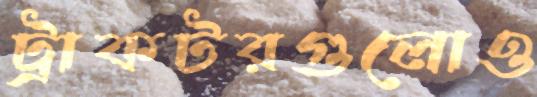
ট্রাকটরগুলোও